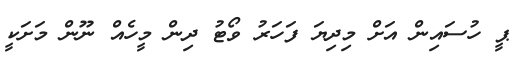
ޕީ ހުސައިން އަށް މިދިޔަ ފަހަރު ވޯޓު ދިން މީހެއް ނޫން މަށަކީ